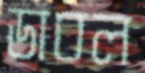
ডাবল